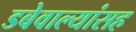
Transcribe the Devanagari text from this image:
डबेवाल्यांसह